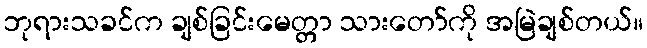
ဘုရားသခင်က ချစ်ခြင်းမေတ္တာ သားတော်ကို အမြဲချစ်တယ်။